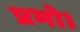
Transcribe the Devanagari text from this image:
प्रभो।